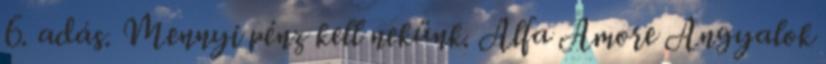
6. adás. Mennyi pénz kell nekünk. Alfa Amore Angyalok